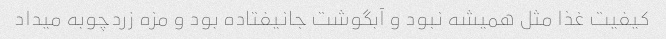
کیفیت غذا مثل همیشه نبود و آبگوشت جانیفتاده بود و مزه زردچوبه میداد